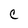
Character: c